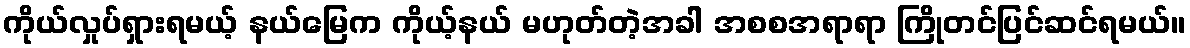
ကိုယ်လှုပ်ရှားရမယ့် နယ်မြေက ကိုယ့်နယ် မဟုတ်တဲ့အခါ အစစအရာရာ ကြိုတင်ပြင်ဆင်ရမယ်။